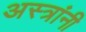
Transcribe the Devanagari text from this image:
अस्त्रांनी